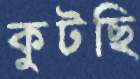
কুটছি